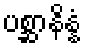
ပစ္ဆာနိန္နံ